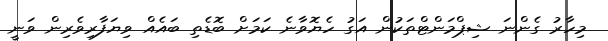
މިހާރު ގެންނަ ޝިޕްމަންޓްތަކުން އަގު ހެޔޮވާނެ ކަމަށް ބޮޑެތި ބައެއް ވިޔަފާރިވެރިން ވަނީ